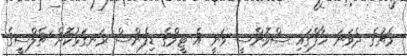
މެޗުގެ ދެވަނަ ހާފްގައި ސްވޮންސީ ވަނީ އެ ޓީމްގެ ޑިފެންސް ރަނގަޅުކޮށް ޗެލްސީގެ